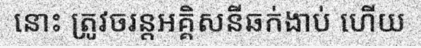
នោះ ត្រូវចរន្តអគ្គិសនីឆក់ងាប់ ហើយ